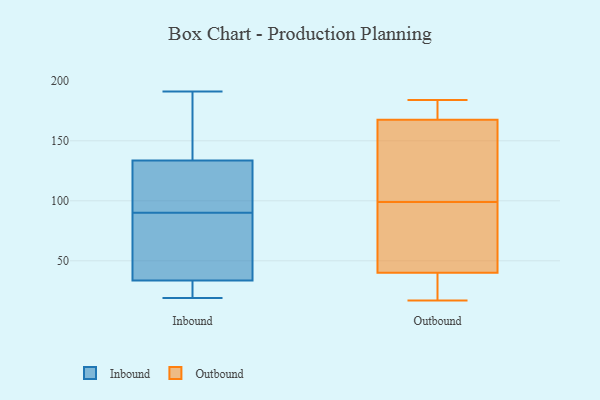
{"axis": {"x": "Website Visitors", "y": "Value"}, "legend": ["Inbound", "Outbound"], "data": [{"x": "", "y": 23, "type": "Inbound"}, {"x": "", "y": 93, "type": "Inbound"}, {"x": "", "y": 44, "type": "Inbound"}, {"x": "", "y": 87, "type": "Inbound"}, {"x": "", "y": 46, "type": "Inbound"}, {"x": "", "y": 104, "type": "Inbound"}, {"x": "", "y": 159, "type": "Inbound"}, {"x": "", "y": 19, "type": "Inbound"}, {"x": "", "y": 21, "type": "Inbound"}, {"x": "", "y": 191, "type": "Inbound"}, {"x": "", "y": 132, "type": "Inbound"}, {"x": "", "y": 135, "type": "Inbound"}, {"x": "", "y": 34, "type": "Outbound"}, {"x": "", "y": 171, "type": "Outbound"}, {"x": "", "y": 40, "type": "Outbound"}, {"x": "", "y": 181, "type": "Outbound"}, {"x": "", "y": 44, "type": "Outbound"}, {"x": "", "y": 39, "type": "Outbound"}, {"x": "", "y": 102, "type": "Outbound"}, {"x": "", "y": 184, "type": "Outbound"}, {"x": "", "y": 17, "type": "Outbound"}, {"x": "", "y": 179, "type": "Outbound"}, {"x": "", "y": 89, "type": "Outbound"}, {"x": "", "y": 53, "type": "Outbound"}, {"x": "", "y": 164, "type": "Outbound"}, {"x": "", "y": 136, "type": "Outbound"}, {"x": "", "y": 98, "type": "Outbound"}, {"x": "", "y": 100, "type": "Outbound"}, {"x": "", "y": 178, "type": "Outbound"}, {"x": "", "y": 30, "type": "Outbound"}, {"x": "", "y": 135, "type": "Outbound"}, {"x": "", "y": 40, "type": "Outbound"}]}